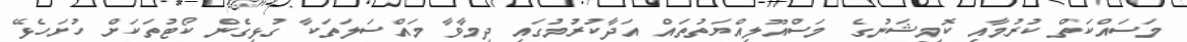
މަސައްކަތް ކުރުމާއި ކޮމިޝަނުގެ މަސްއޫލިއްޔަތުތައް އަދާކުރުމުގައި ދިމާވާ މައްސަލަތަކާ ގުޅިގެން ކޯޓުތަަކަށް ހުށަހެޅޭ